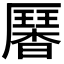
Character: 𠫁